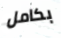
بكامل